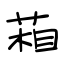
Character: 葙